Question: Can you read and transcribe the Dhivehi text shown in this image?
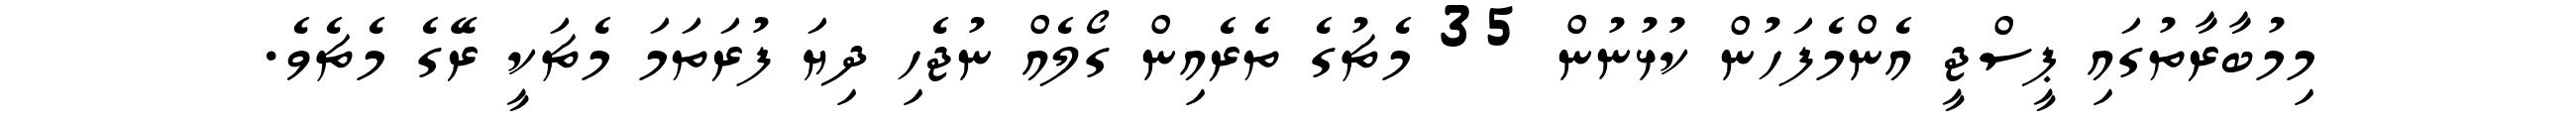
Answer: މިމުބާރާތުގައި ޕީސްޖީ އެންމެފަހުން ކުޅުނުން 35 މެޗުގެ ތެރެއިން ގޯލެއް ނުޖެހި ދިޔަ ފުރަތަމަ މެޗަކީ ރޭގެ މެޗެވެ.